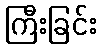
ကြီးခြင်း